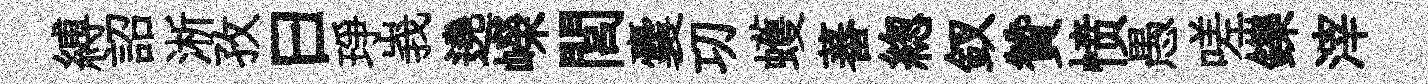
縛詔淅孜曰琤峩遶嶸閭囊㓛蠖蕃緫釵贊愤愚嗟鑠滓